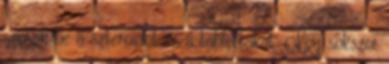
szerzik be a szteroidot és a tablettákat. Így sokszor